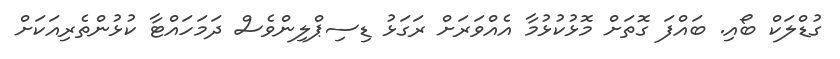
ގުޑްލަކް ބޯއި. ބައްފަ ގޮތަށް މޮޅުކުޅުމާ އެއްވަރަށް ރަގަޅު ޑިސިޕްލިންވެސް ދަމަހައްޓާ ކުޅުންތެރިއަކަށް